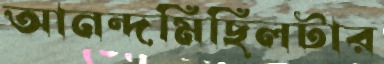
আনন্দমিছিলটার